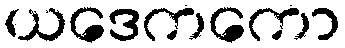
ယဒေကကော